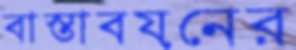
বাস্তাবয়নের